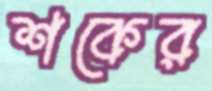
শকের